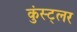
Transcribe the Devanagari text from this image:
कुंस्ट्लर